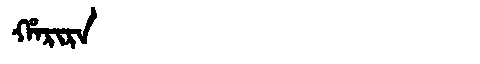
Manchu: ᡥᠠᡵᡳᡵᠠ
Romanization: HARIRA